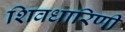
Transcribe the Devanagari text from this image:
शिवधारिणी